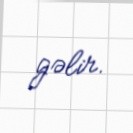
gəlir.